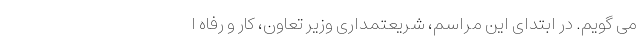
می گویم. در ابتدای این مراسم، شریعتمداری وزیر تعاون، کار و رفاه ا